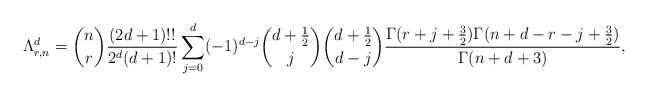
LaTeX: \begin{align*}\Lambda_{r,n}^{d}=\binom{n}{r}\frac{(2d+1)!!}{2^{d}(d+1)!}\sum_{j=0}^{d}(-1)^{d-j}\binom{d+\frac{1}{2}}{j}\binom{d+\frac{1}{2}}{d-j}\frac{\Gamma(r+j+\frac{3}{2})\Gamma(n+d-r-j+\frac{3}{2})}{\Gamma(n+d+3)},\end{align*}